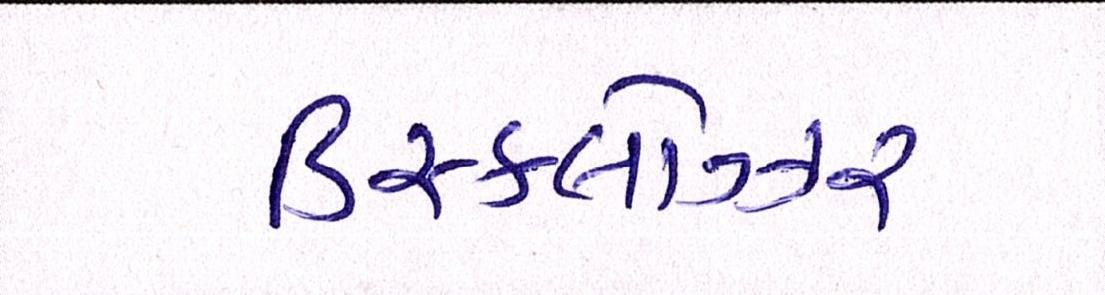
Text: ડિસ્કલોઝર